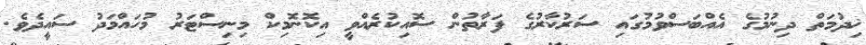
ޚިދުމަތް ދިނުމުގެ އެއްބަސްވުމުގައި ސަރުކާރުގެ ފަރާތުން ސޮއިކުރެއްވީ އިކޮނޮމިކް މިނިސްޓަރު މުހައްމަދު ސައީދެވެ.